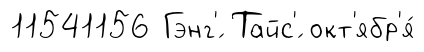
11541156 Гэнг'́ Тайс'́ окт'ябр'я́